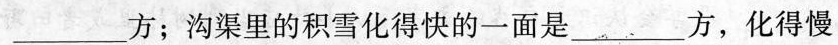
___方；沟渠里的积雪化得快的一面是___方，化得慢